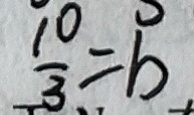
\frac { 1 0 } { 3 } = b